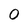
Character: 0